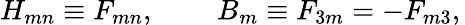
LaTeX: H_{mn}\equiv F_{mn},\, \quad\quad B_{m}\equiv F_{3m}=-F_{m3},\,